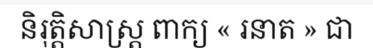
និរុត្តិសាស្ត្រ ពាក្យ « រនាត » ជា